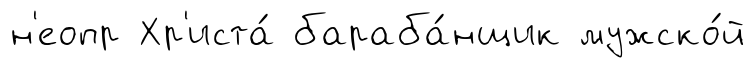
н'еопр Хр'иста́ бараба́нщик мужско́й